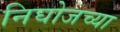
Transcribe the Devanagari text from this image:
निघोजच्या